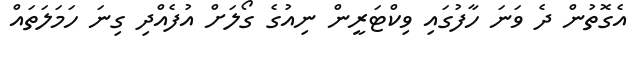
އެގޮތުން ދެ ވަނަ ހާފުގައި ވިކްޓަރީން ނިއުގެ ގޯލަށް އުފެއްދި ގިނަ ހަމަލަތައް